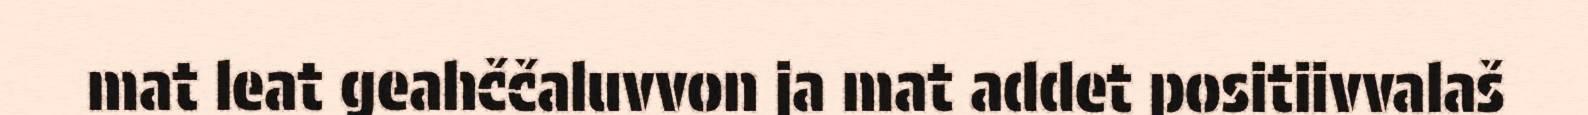
mat leat geahččaluvvon ja mat addet positiivvalaš